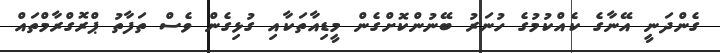
ގެންދަނީ އޭނާގެ ކެއްކުމުގެ ހުނަރު ބޭނުންކޮށްގެން މީޑިއާތަކާއި ގުޅިގެން ވެސް ތަފާތު ޕްރޮގްރާމްތައް